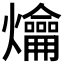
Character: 𤓀